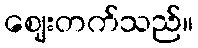
ဈေးတက်သည်။